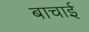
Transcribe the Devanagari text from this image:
बाचाई